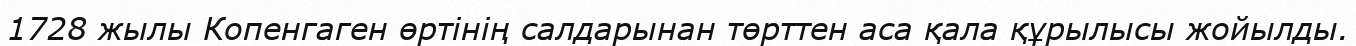
1728 жылы Копенгаген өртінің салдарынан төрттен аса қала құрылысы жойылды.